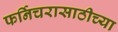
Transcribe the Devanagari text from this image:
फर्निचरासाठीच्या